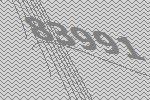
83991